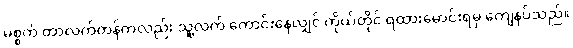
မစ္စက် တာလက်တန်ကလည်း သူ့လက် ကောင်းနေလျှင် ကိုယ်တိုင် ရထားမောင်းရမှ ကျေနပ်သည်။